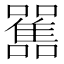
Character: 𩁁